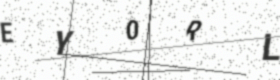
Text: EY0RL